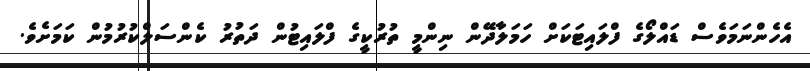
އެހެންނަމަވެސް ޑައްލޯގެ ފްލައިޓަކަށް ހަމަލާދޭން ނިންމީ ތުރުކީގެ ފްލައިޓުން ދަތުރު ކެންސަލްކުރުމުން ކަމަށެވެ.